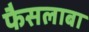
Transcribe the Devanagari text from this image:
फैसलाबा